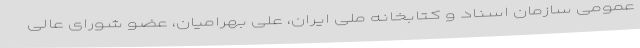
عمومی سازمان اسناد و کتابخانه ملی ایران، علی بهرامیان، عضو شورای عالی